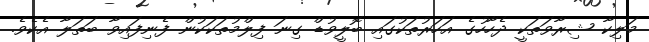
މަލިކާ ޝިރާވަތަކީ ދެހާހުގެ އަހަރުތަކުގައި ބޮލީވުޑް ގިނަ ފިލްމުތަކަކުން ފެނިފައިވާ ބަތަލާ އެކެވެ.